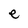
Character: e